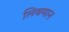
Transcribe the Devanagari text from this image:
लिबमान